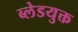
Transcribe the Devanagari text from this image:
ब्लेडयुक्त